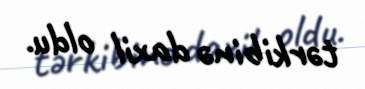
tərkibinə daxil oldu.